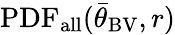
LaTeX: \mathrm{PDF_{all}}({\bar{\theta}}_{\mathrm{BV}},r)